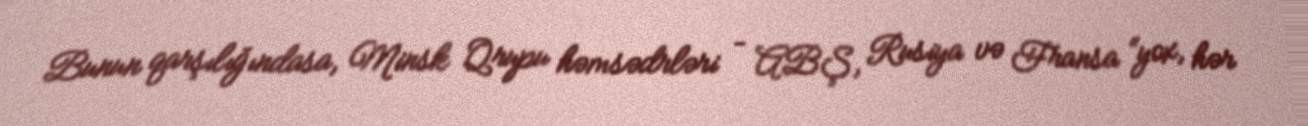
Bunun qarşılığındasa, Minsk Qrupu həmsədrləri – ABŞ, Rusiya və Fransa “yox, hər